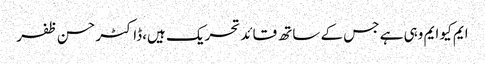
ایم کیو ایم وہی ہے جس کے ساتھ قائد تحریک ہیں،ڈاکٹر حسن ظفر